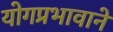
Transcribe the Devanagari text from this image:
योगप्रभावाने